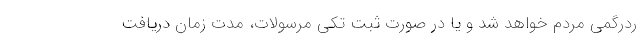
ردرگمی مردم خواهد شد و یا در صورت ثبت تکی مرسولات، مدت زمان دریافت